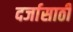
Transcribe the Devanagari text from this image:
दर्जासाठी